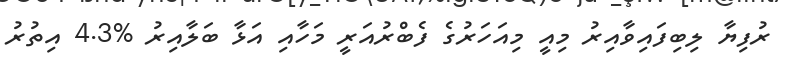
ރުފިޔާ ލިބިފައިވާއިރު މިއީ މިއަހަރުގެ ފެބްރުއަރީ މަހާއި އަޅާ ބަލާއިރު %4.3 އިތުރު